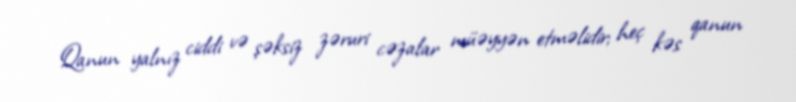
Qanun yalnız ciddi və şəksiz zəruri cəzalar müəyyən etməlidir; heç kəs qanun